65_HS1-834228961_62-HQ-83894_Section_3
Agency: FBI
Page 104
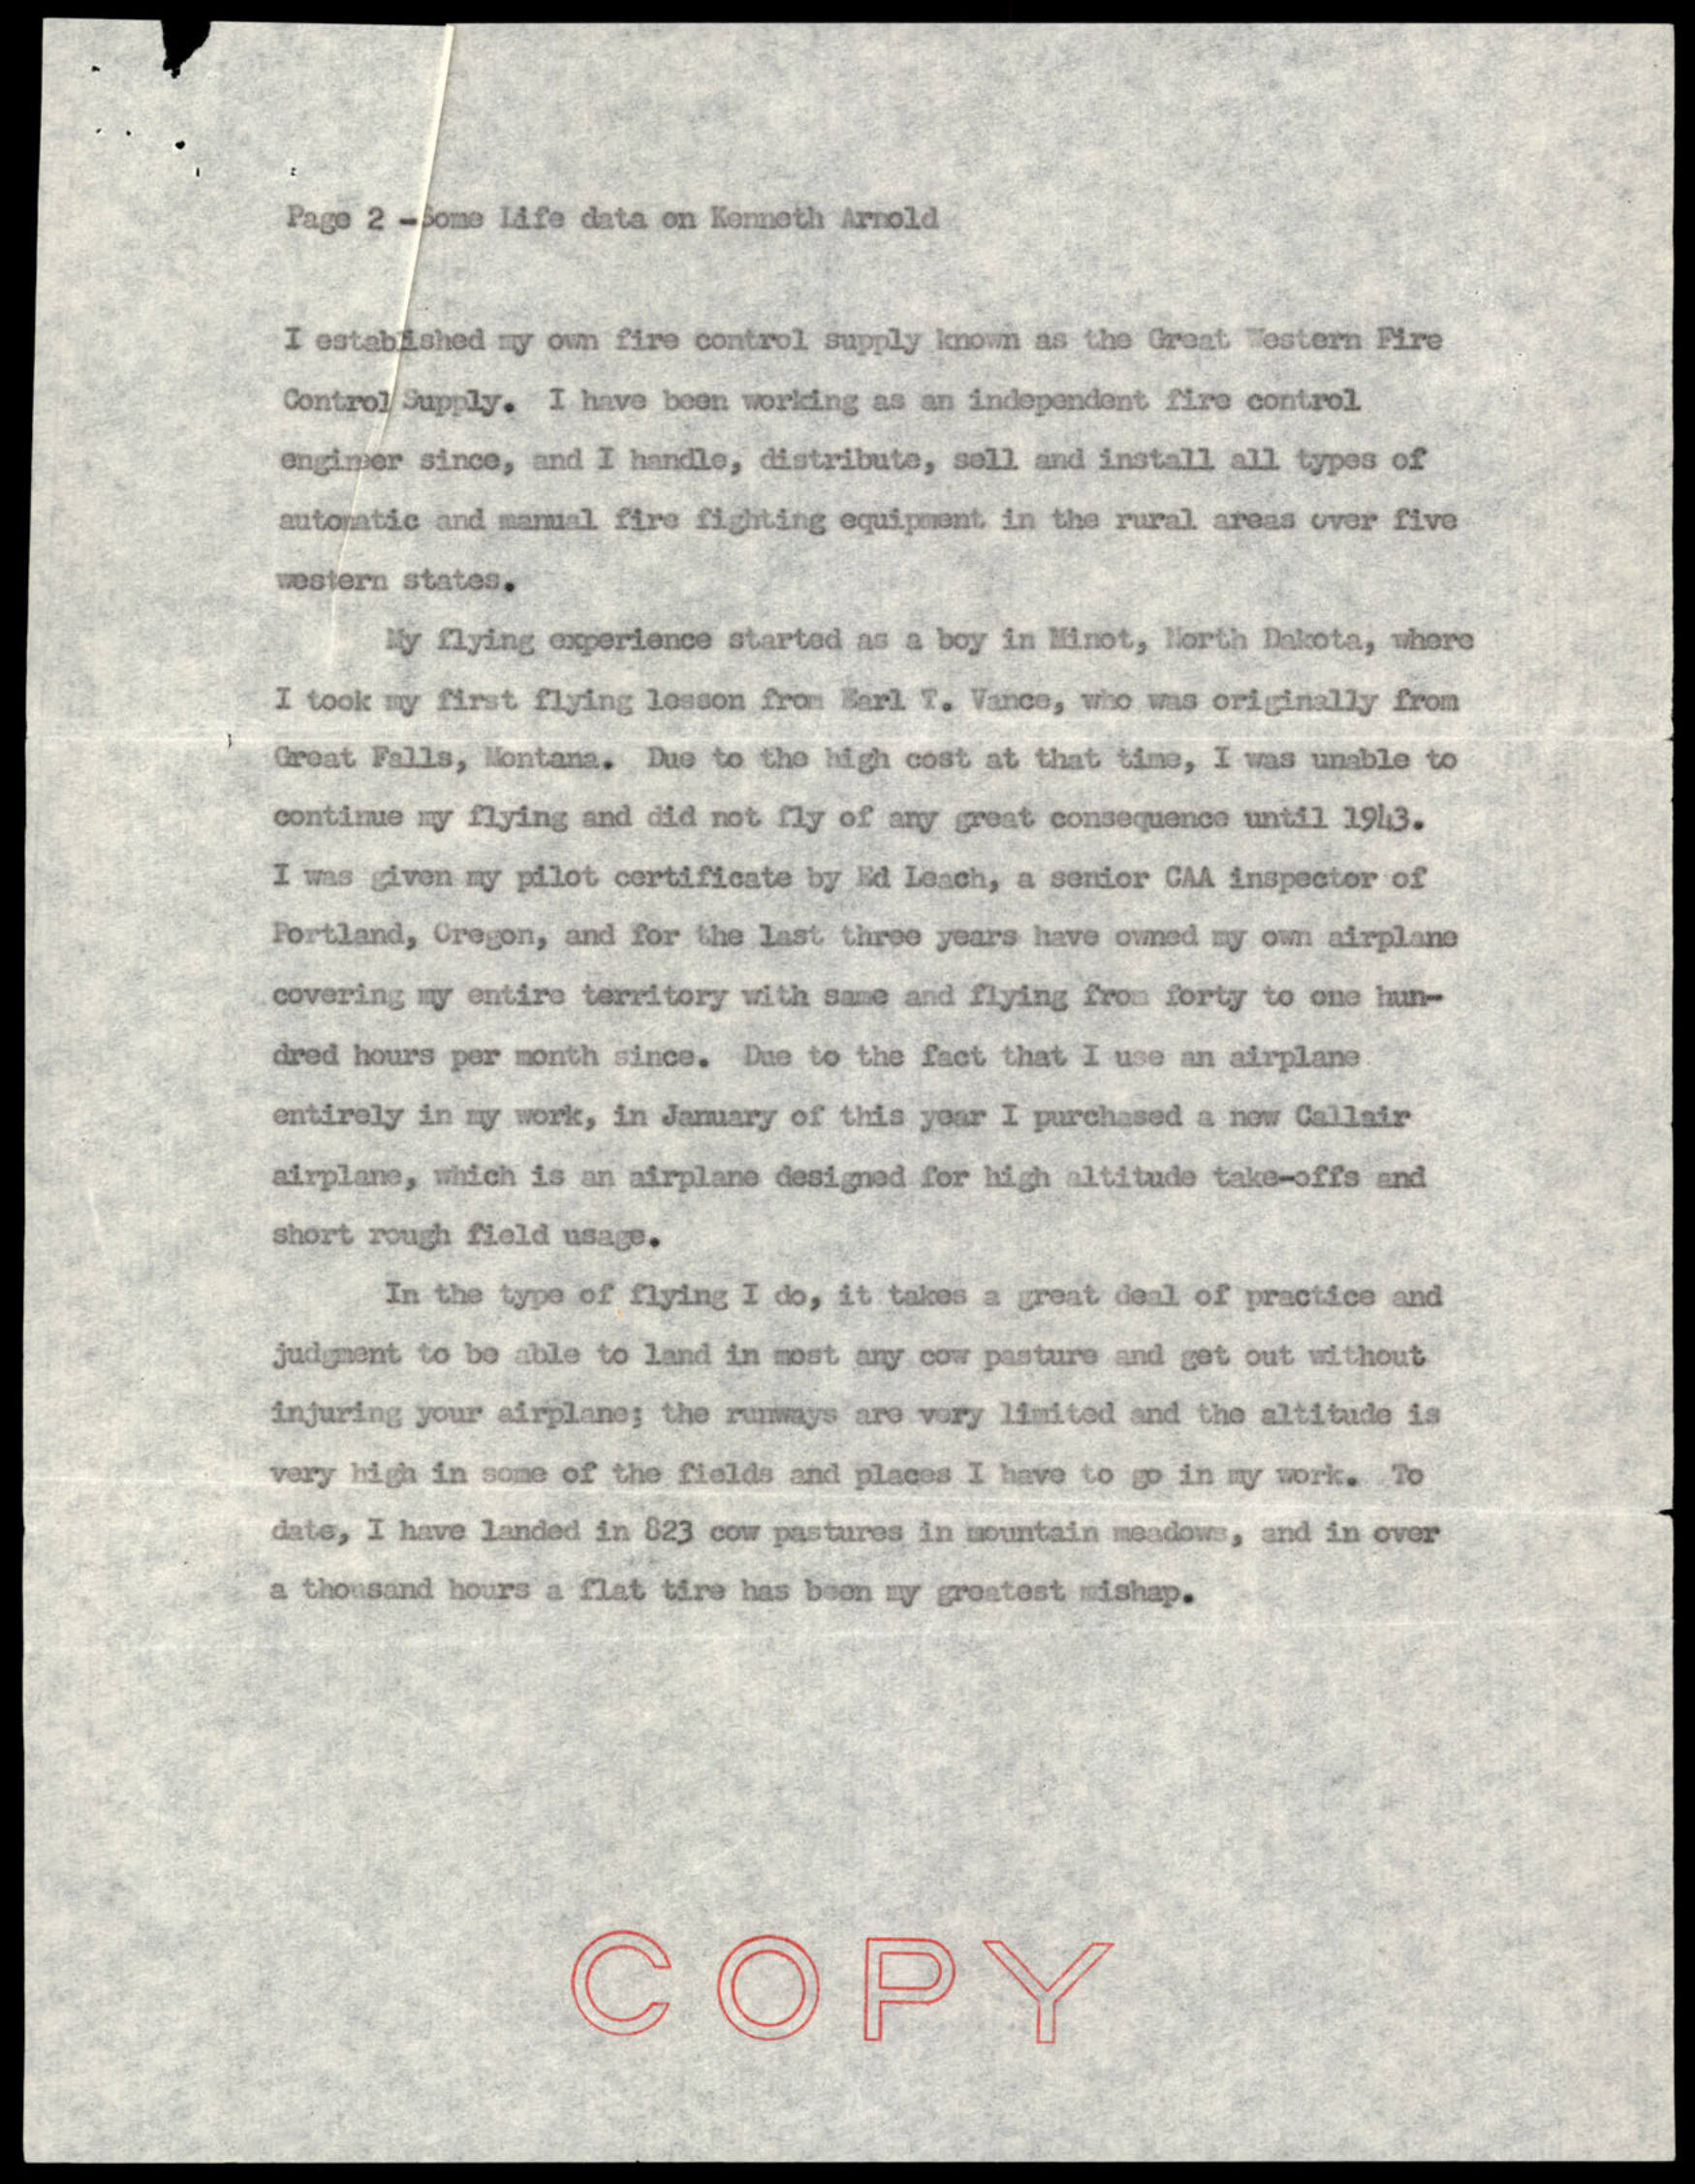